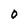
Character: 0